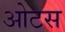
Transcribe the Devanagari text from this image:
ओटस